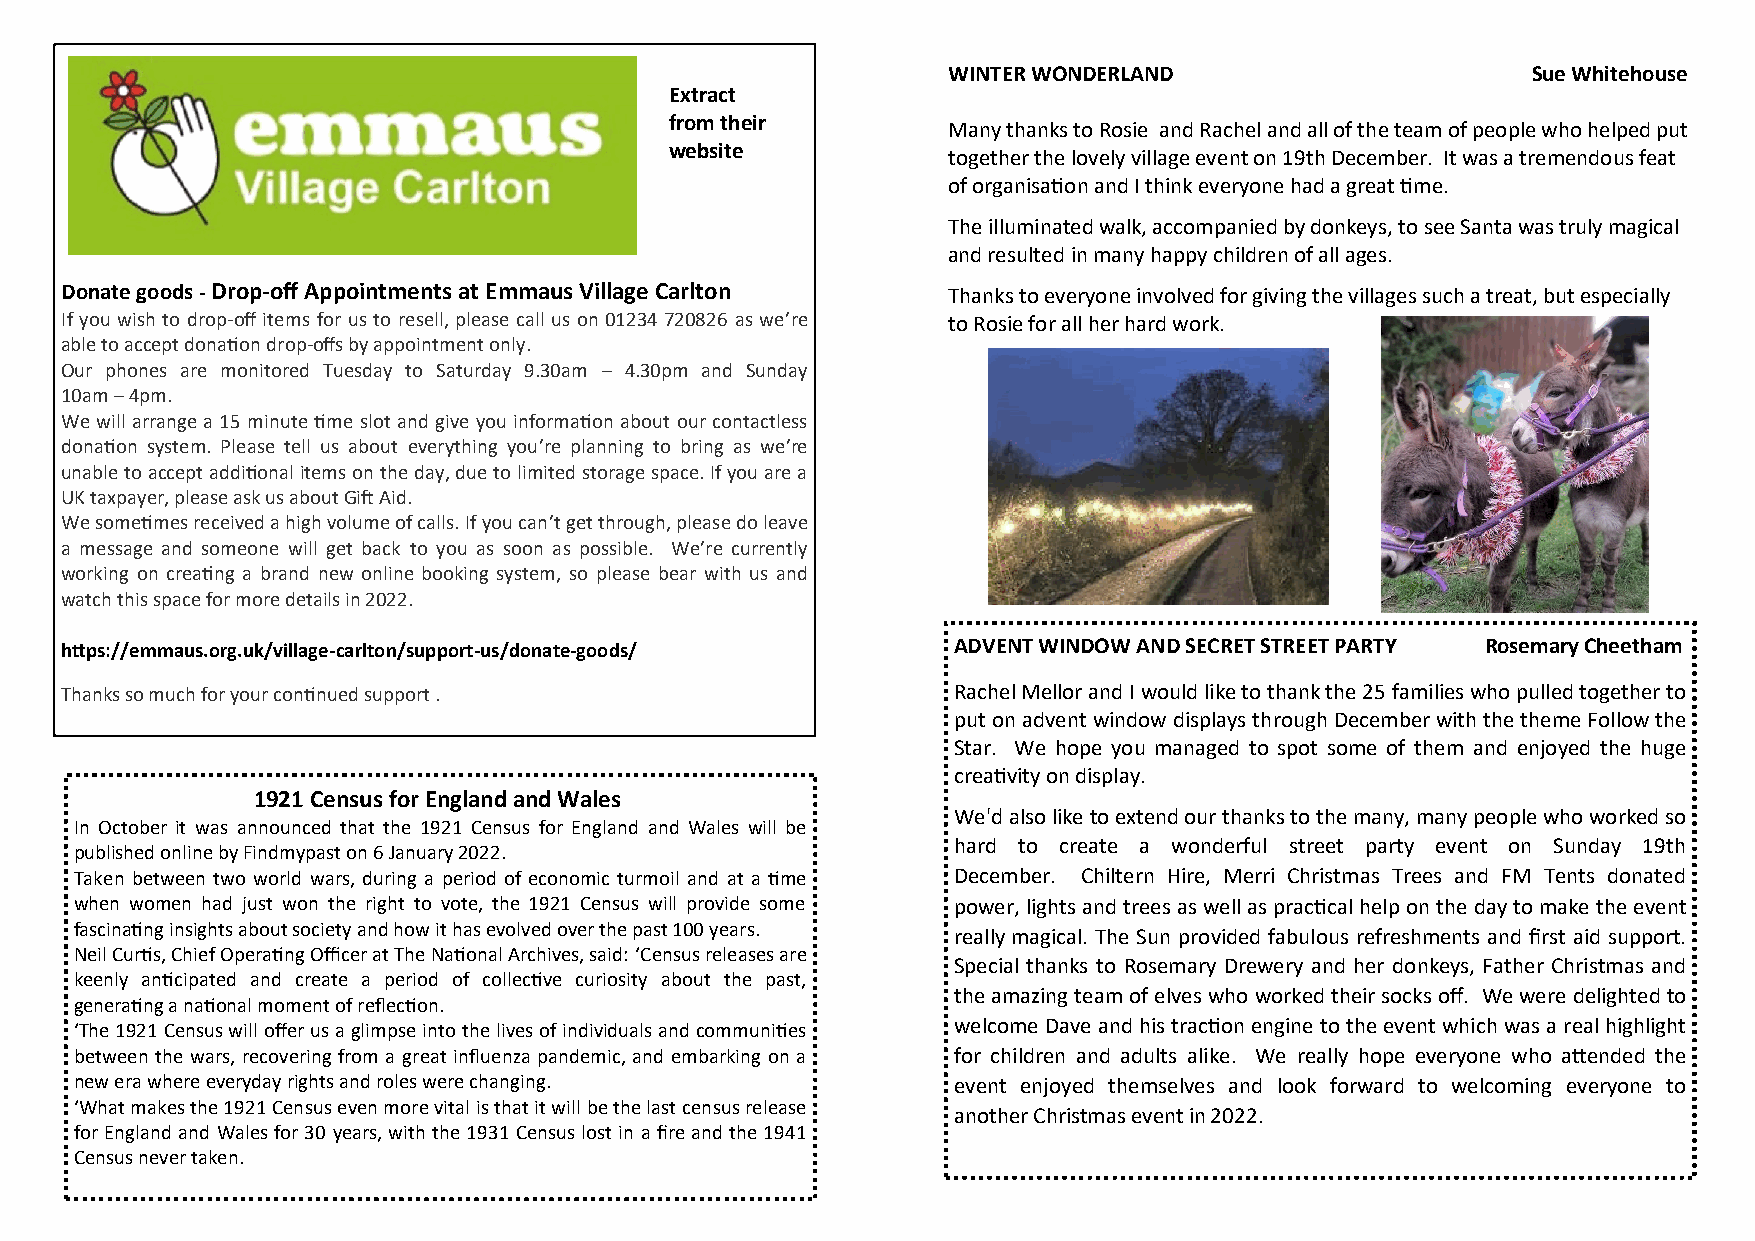
WINTER WONDERLAND                     Sue Whitehouse
 Extract
 from their
 Many thanks to Rosie and Rachel and all of the team of people who helped put
 website
 together the lovely village event on 19th December. It was a tremendous feat
 of organisation and I think everyone had a great time.
 The illuminated walk, accompanied by donkeys, to see Santa was truly magical
 and resulted in many happy children of all ages.
 Donate goods - Drop-off Appointments at Emmaus Village Carlton Thanks to everyone involved for giving the villages such a treat, but especially
 If you wish to drop-off items for us to resell, please call us on 01234 720826 as we’re to Rosie for all her hard work.
 able to accept donation drop-offs by appointment only.
 Our phones are monitored Tuesday to Saturday 9.30am – 4.30pm and Sunday
 10am – 4pm.
 We will arrange a 15 minute time slot and give you information about our contactless
 donation system. Please tell us about everything you’re planning to bring as we’re
 unable to accept additional items on the day, due to limited storage space. If you are a
 UK taxpayer, please ask us about Gift Aid.
 We sometimes received a high volume of calls. If you can’t get through, please do leave
 a message and someone will get back to you as soon as possible. We’re currently
 working on creating a brand new online booking system, so please bear with us and
 watch this space for more details in 2022.
 https://emmaus.org.uk/village-carlton/support-us/donate-goods/ ADVENT WINDOW AND SECRET STREET PARTY Rosemary Cheetham
 Thanks so much for your continued support .                Rachel Mellor and I would like to thank the 25 families who pulled together to
 put on advent window displays through December with the theme Follow the
 Star. We hope you managed to spot some of them and enjoyed the huge
 creativity on display.
 1921 Census for England and Wales
 We'd also like to extend our thanks to the many, many people who worked so
 In October it was announced that the 1921 Census for England and Wales will be
 hard to create a wonderful street party event on Sunday 19th
 published online by Findmypast on 6 January 2022.
 Taken between two world wars, during a period of economic turmoil and at a time December. Chiltern Hire, Merri Christmas Trees and FM Tents donated
 when women had just won the right to vote, the 1921 Census will provide some power, lights and trees as well as practical help on the day to make the event
 fascinating insights about society and how it has evolved over the past 100 years.
 really magical. The Sun provided fabulous refreshments and first aid support.
 Neil Curtis, Chief Operating Officer at The National Archives, said: ‘Census releases are
 Special thanks to Rosemary Drewery and her donkeys, Father Christmas and
 keenly anticipated and create a period of collective curiosity about the past,
 the amazing team of elves who worked their socks off. We were delighted to
 generating a national moment of reflection.
 ‘The 1921 Census will offer us a glimpse into the lives of individuals and communities welcome Dave and his traction engine to the event which was a real highlight
 between the wars, recovering from a great influenza pandemic, and embarking on a for children and adults alike. We really hope everyone who attended the
 new era where everyday rights and roles were changing.    event enjoyed themselves and look forward to welcoming everyone to
 ‘What makes the 1921 Census even more vital is that it will be the last census release
 another Christmas event in 2022.
 for England and Wales for 30 years, with the 1931 Census lost in a fire and the 1941
 Census never taken.